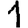
Digit: 1